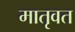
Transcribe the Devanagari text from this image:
मातृवत